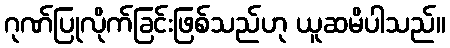
ဂုဏ်ပြုလိုက်ခြင်းဖြစ်သည်ဟု ယူဆမိပါသည်။